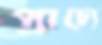
প্রাচ্যে